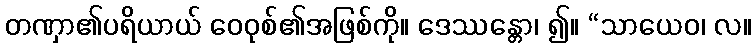
တဏှာ၏ပရိယာယ် ဝေဝုစ်၏အဖြစ်ကို။ ဒေဿန္တော၊ ၍။ “သာယေဝ၊ လ။